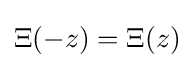
\Xi (-z)=\Xi (z)